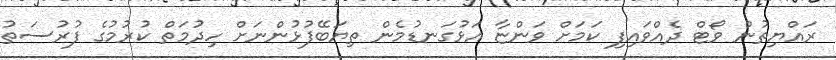
ރައްޔިތުން ވޯޓް ދެއްވައިފި ކަމަށް ވަންޏާ އަޅުގަނޑުމެން ތިޔަބޭފުޅުންނަށް ހިދުމަތް ކުރުމުގެ ފުރުސަތު